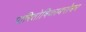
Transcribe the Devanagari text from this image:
पारितोषिकाबरोबर